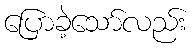
ပြောခဲ့သော်လည်း